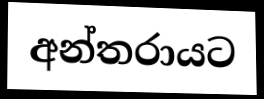
අන්තරායට